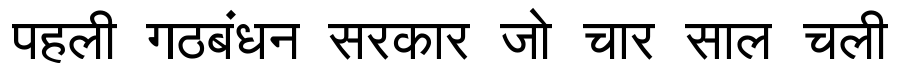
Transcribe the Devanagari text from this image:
पहली गठबंधन सरकार जो चार साल चली